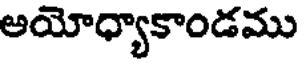
అయోధ్యాకాండము